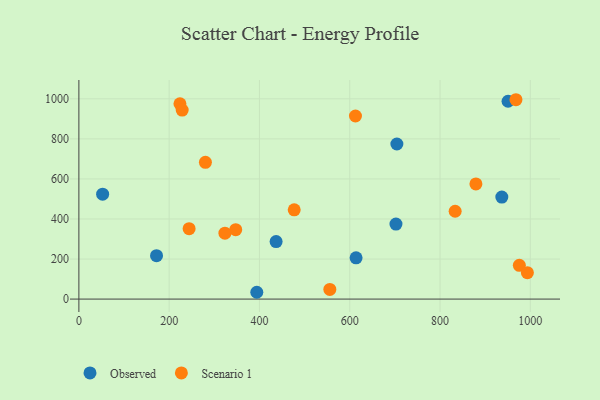
{"axis": {"x": "Ad Spend", "y": "Rating"}, "legend": ["Observed", "Scenario 1"], "data": [{"x": "702.4", "y": 374.4, "type": "Observed"}, {"x": "950.7", "y": 988.0, "type": "Observed"}, {"x": "614.0", "y": 206.0, "type": "Observed"}, {"x": "394.1", "y": 34.0, "type": "Observed"}, {"x": "52.6", "y": 523.9, "type": "Observed"}, {"x": "704.4", "y": 774.4, "type": "Observed"}, {"x": "436.9", "y": 287.0, "type": "Observed"}, {"x": "936.9", "y": 509.4, "type": "Observed"}, {"x": "172.0", "y": 216.7, "type": "Observed"}, {"x": "477.0", "y": 445.6, "type": "Scenario 1"}, {"x": "975.7", "y": 168.8, "type": "Scenario 1"}, {"x": "280.3", "y": 683.0, "type": "Scenario 1"}, {"x": "223.9", "y": 975.4, "type": "Scenario 1"}, {"x": "244.2", "y": 351.5, "type": "Scenario 1"}, {"x": "968.2", "y": 995.6, "type": "Scenario 1"}, {"x": "993.5", "y": 131.9, "type": "Scenario 1"}, {"x": "347.4", "y": 346.6, "type": "Scenario 1"}, {"x": "323.5", "y": 329.2, "type": "Scenario 1"}, {"x": "833.5", "y": 438.6, "type": "Scenario 1"}, {"x": "228.8", "y": 943.7, "type": "Scenario 1"}, {"x": "879.5", "y": 575.3, "type": "Scenario 1"}, {"x": "555.9", "y": 48.2, "type": "Scenario 1"}, {"x": "612.7", "y": 914.3, "type": "Scenario 1"}]}